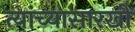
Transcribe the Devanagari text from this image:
त्यांच्यासारखी